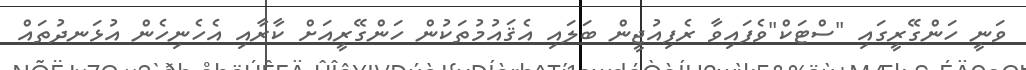
ވަނީ ހަންގޭރީގައި "ސްޓަކް"ވެފައިވާ ރެފިއުޖީން ބަލައި އެޤައުމުތަކުން ހަންގޭރީއަށް ކާރާއި އެހެނިހެން އުޅަނދުތައް